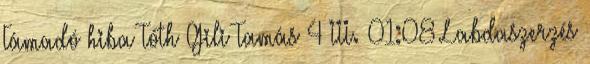
Támadó hiba Tóth Gili Tamás 4 III. 01:08 Labdaszerzés